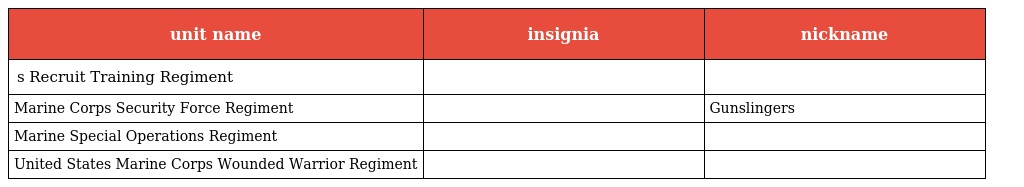
| unit name | insignia | nickname |
 | --- | --- | --- |
 | s Recruit Training Regiment |  |  |
 | Marine Corps Security Force Regiment |  | Gunslingers |
 | Marine Special Operations Regiment |  |  |
 | United States Marine Corps Wounded Warrior Regiment |  |  |